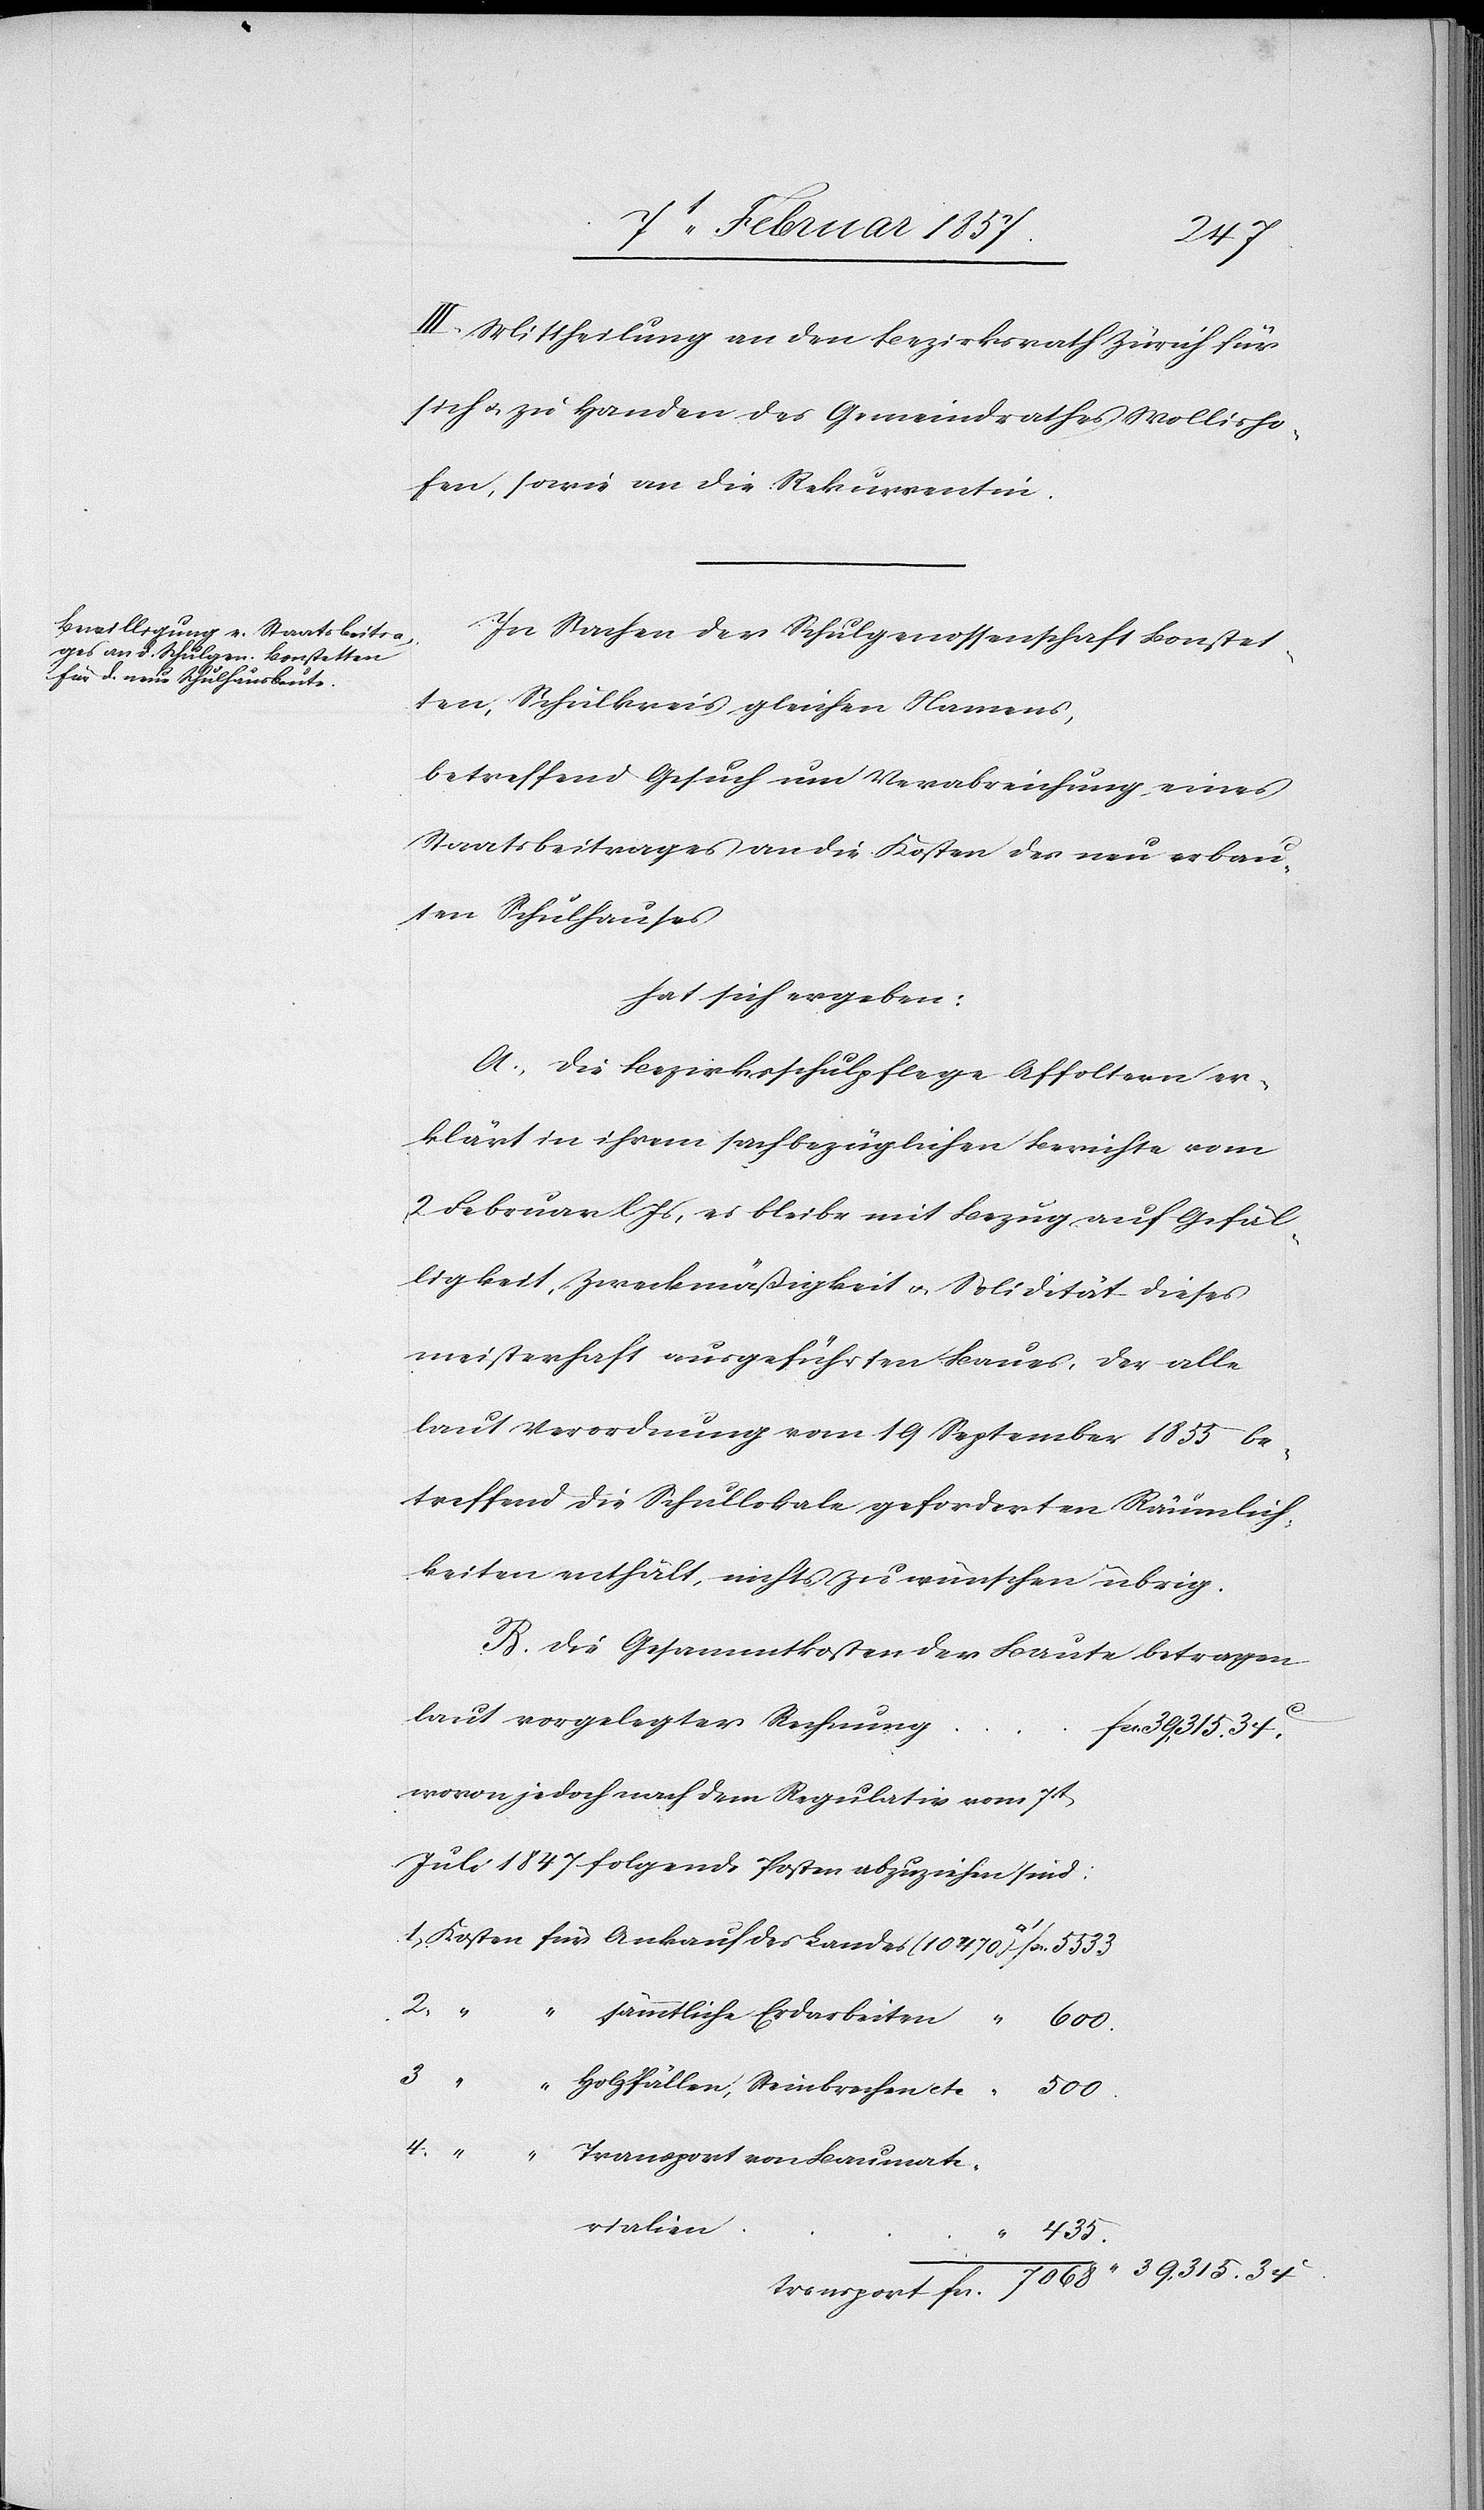
470
III. Mittheilung an den Bezirksrath Zürich für
sich u. zu Handen des Gemeindrathes Wollisho¬
fen, sowie an die Rekurrentin.
In Sachen der Schulgenossenschaft Bonstet¬
ten, Schulkreis gleichen Namens,
betreffend Gesuch um Verabreichung eines
Staatsbeitrages an die Kosten des neu erbau¬
ten Schulhauses
hat sich ergeben:
A. Die Bezirksschulpflege Affoltern er¬
klärt in ihrem sachbezüglichen Berichte vom
2 Februar l. Js, es bleibe mit Bezug auf Gefäl¬
ligkeit, Zweckmäßigkeit u. Solidität dieses
meisterhaft ausgeführten Baues, der alle
laut Verordnung vom 19 September 1855 be¬
treffend die Schullokale geforderten Räumlich¬
keiten enthält, nichts zu wünschen übrig.
Die Gesammtkosten der Baute betragen
laut vorgelegter Rechnung
wovon jedoch nach dem Regulativ vom 7t
Juli 1847 folgende Posten abzuziehen sind:
2.
4.
sämmtliche Erdarbeiten
500.
3
Holzfällen, Steinbrechen etc.
5533
Transport von Baumate¬
rialien
435.